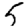
Digit: 5